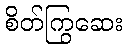
စိတ်ကြွဆေး